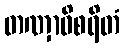
တဏှာဝိစရိတံ